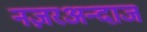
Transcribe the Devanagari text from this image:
नज़रअन्दाज